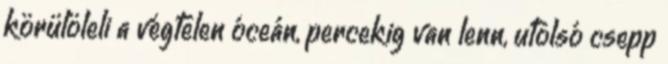
körülöleli a végtelen óceán, percekig van lenn, utolsó csepp